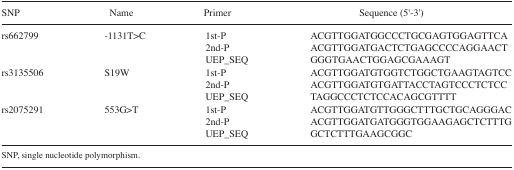
<table><thead><tr><td><b>SNP</b></td><td><b>Name</b></td><td><b>Primer</b></td><td><b>Sequence (5′-3′)</b></td></tr></thead><tbody><tr><td rowspan="3">rs662799</td><td rowspan="3">-1131T&gt;C</td><td>1st-P</td><td>ACGTTGGATGGCCCTGCGAGTGGAGTTCA</td></tr><tr><td>2nd-P</td><td>ACGTTGGATGACTCTGAGCCCCAGGAACT</td></tr><tr><td>UEP_SEQ</td><td>GGGTGAACTGGAGCGAAAGT</td></tr><tr><td rowspan="3">rs3135506</td><td rowspan="3">S19W</td><td>1st-P</td><td>ACGTTGGATGTGGTCTGGCTGAAGTAGTCC</td></tr><tr><td>2nd-P</td><td>ACGTTGGATGTGATTACCTAGTCCCTCTCC</td></tr><tr><td>UEP_SEQ</td><td>TAGGCCCTCTCCACAGCGTTTT</td></tr><tr><td rowspan="3">rs2075291</td><td rowspan="3">553G&gt;T</td><td>1st-P</td><td>ACGTTGGATGTTGGGCTTTGCTGCAGGGAC</td></tr><tr><td>2nd-P</td><td>ACGTTGGATGATGGGTGGAAGAGCTCTTTG</td></tr><tr><td>UEP_SEQ</td><td>GCTCTTTGAAGCGGC</td></tr></tbody></table>